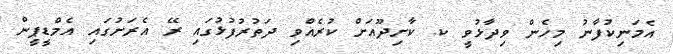
އެމަނިކުފާނު މިހެން ވިދާޅުވީ ކ. ކާށިދޫއަށް ކުރެއްވި ދަތުރުފުޅުގައި ރޭ އެރަށުގައި އެމްޑީޕީން